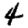
Digit: 4